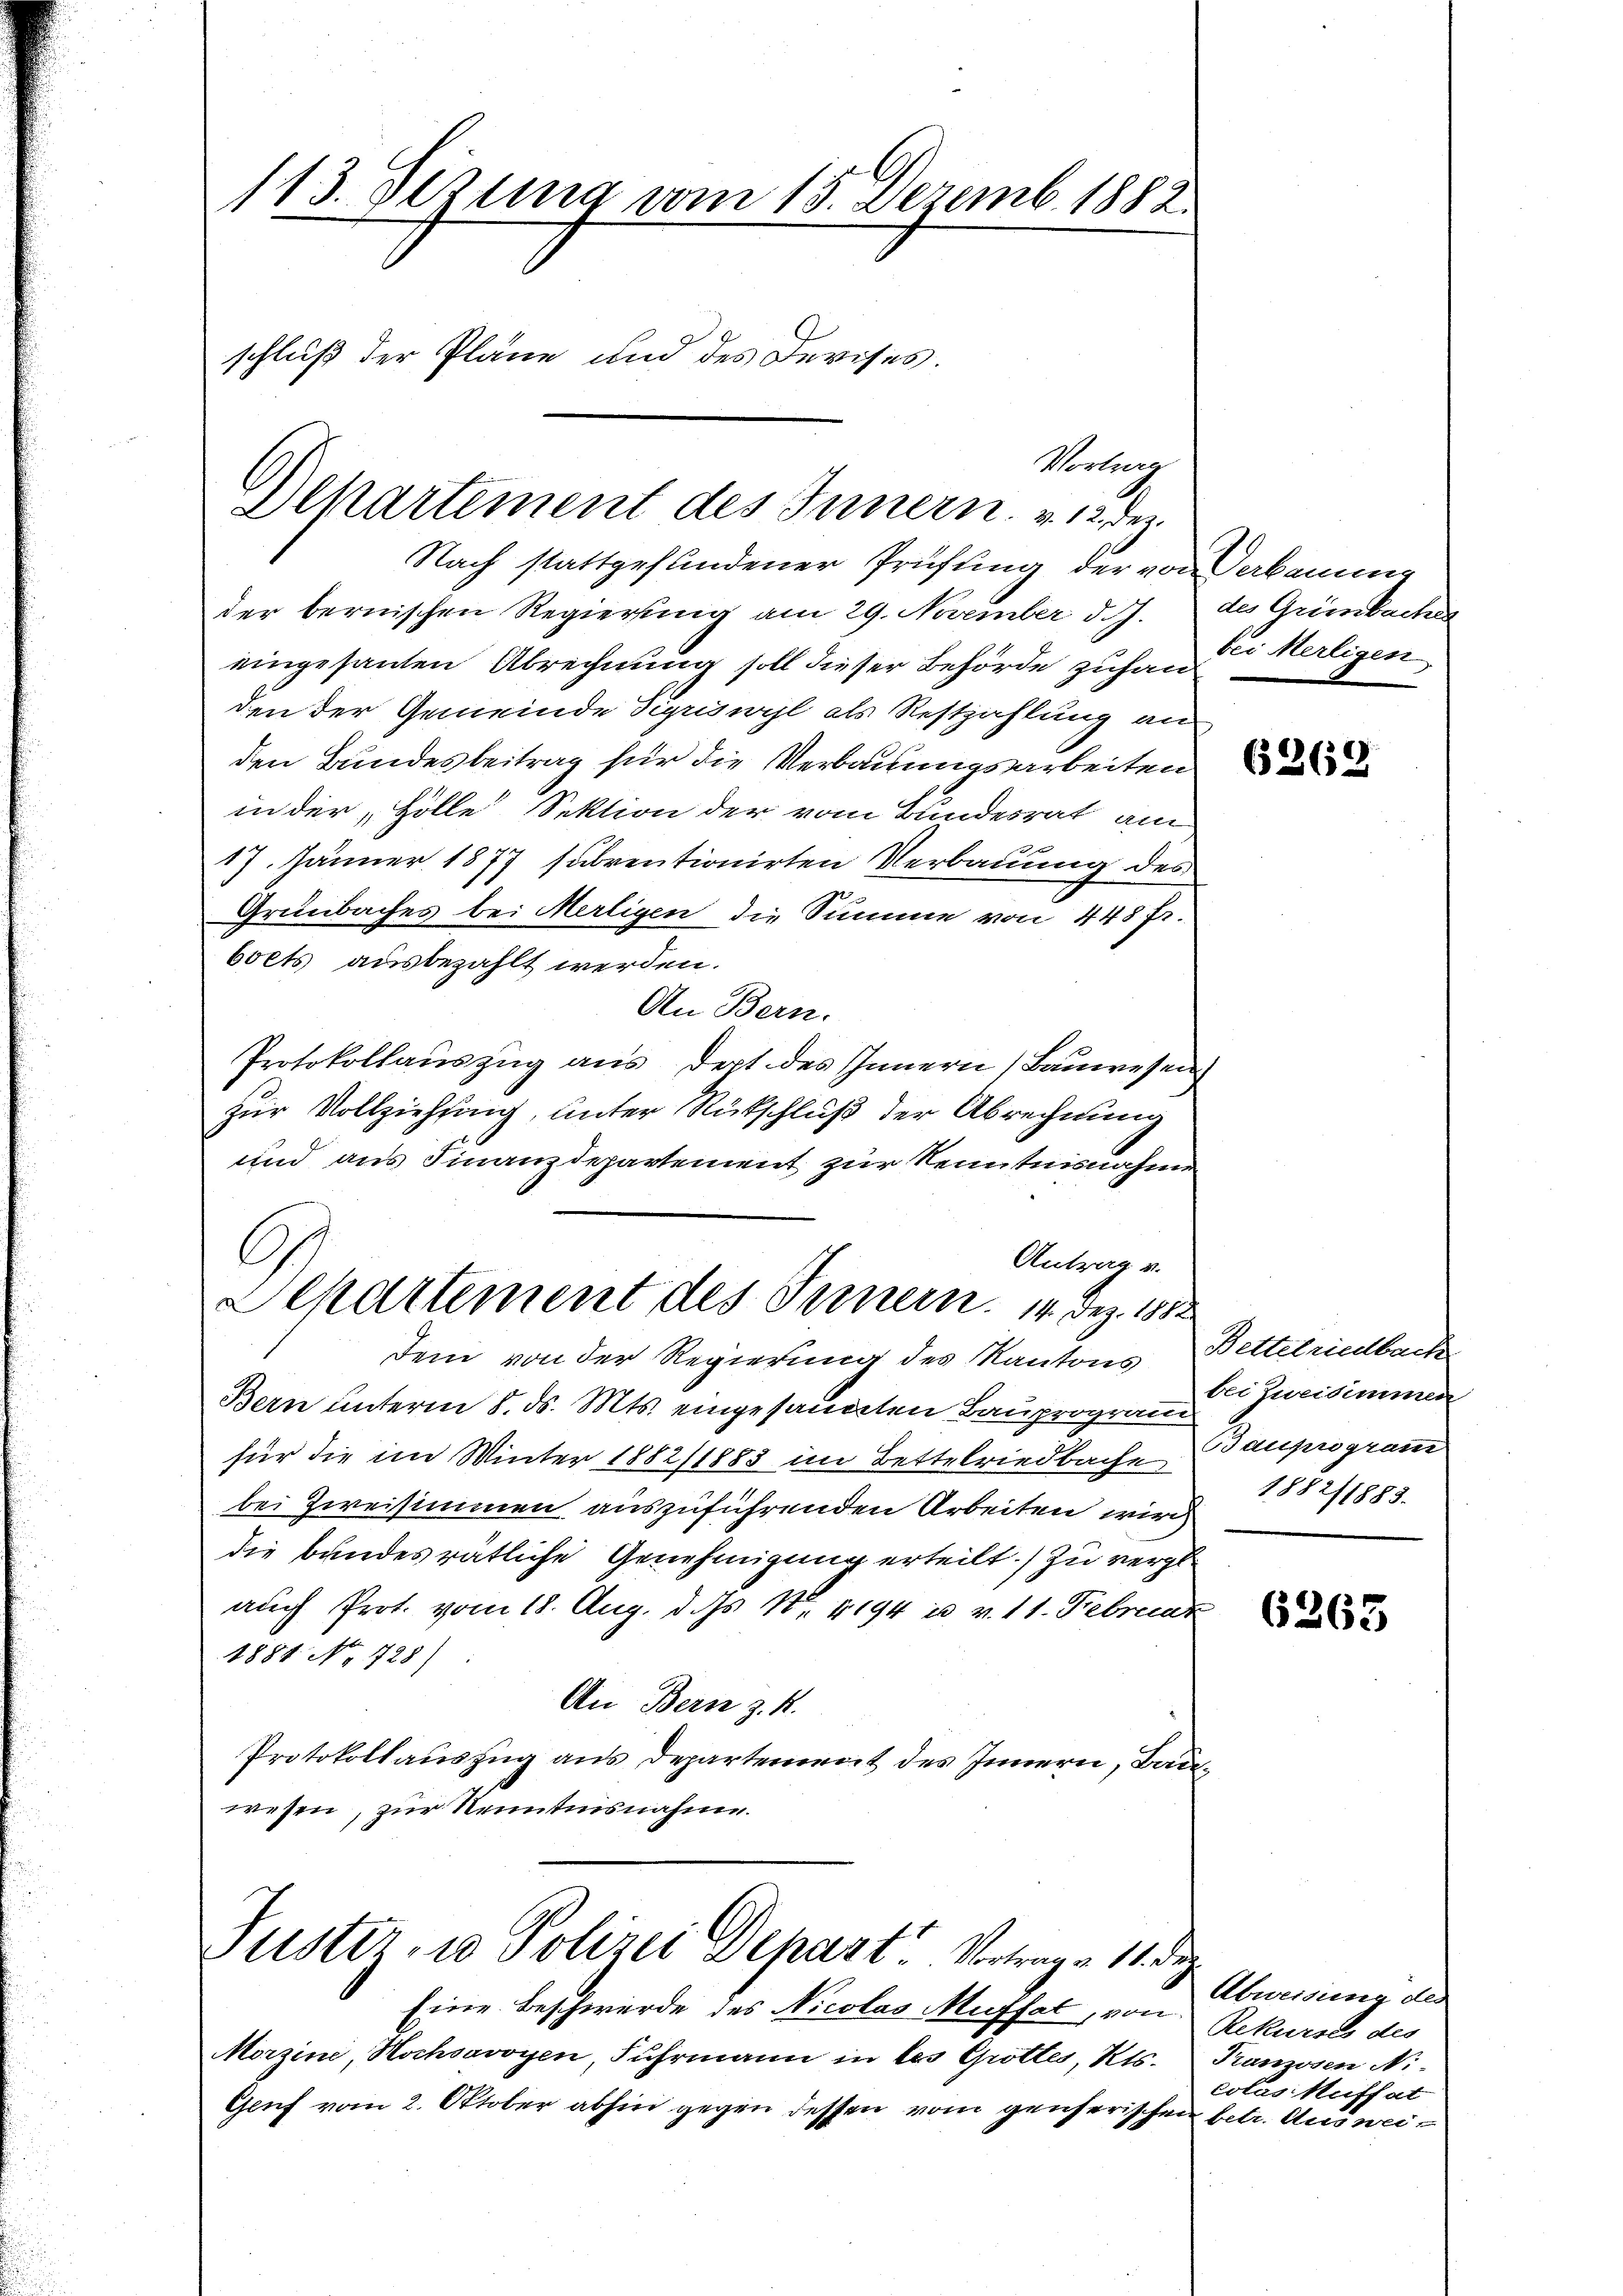
113. Dezung vom 15. Dezemb. 1882.
schluß der Pläne und des Devises.

Nach stattgefundener Prüfung der von Verbauung
der bernischen Regierung am 29. November d.J.
eingesanten Abrechnung soll dieser Behörde zuhan
den der Gemeinde Sigriswyl als Restzahlung an
den Bundesbeitrag für die Verbauungsarbeiten
in der „Hölle Sektion der vom Bundesrat am
17. Jänner 1877 sabrentionirten Verbauung des
Grünbaches bei Merligen die Summe von 448 Fr.
boets ausbezahlt werden.
An Bern.
Protokollauszug aus dept des Innern Bauwesen
zur Vollziehung, unter Rückschluß der Abrechnung
und aus Finanzdepartement zur Kenntnisnahme
G
Antrag v.
Lepartement des Innern. 14. Dez. 1812
dem von der Regierung des Kantons Bettelriedbach
Bern unterm 8. d. Mts. eingesandten Bauprogram
für die im Winter 1882/1883 im Bettelriedbache Bauprogram
bei Zweisimmen auszuführenden Arbeiten wird
die bundesrätliche Genehmigung erteilt.) zu vergl.
auch Prot. vom 18. Aug. d. Js. Nr. 4194 u. v. 11. Februar
1881 No 728)
An Bern z. K.
Protokollauszug aus Departement des Innern, Bauwesen, zur Kenntnisnahme.

Vortrag
Departement des Innern. v. 12. dez.

Puster, in Polizei Depart. Vortrage 11 de

Eine Beschwerde des Nicolas Muffal, von
Morzine, Hochsovoyen, Fuhrmann in les Gottes, Kts.
Geuf vom 2. Oktober abhin gegen dessen vom geicherischen

des Griesbachen
bei Merligen,

6269

bei Zweisimmen
1882/1883.

6263

Abweisung des
Rekurses des
Franzosen Ni
colas Aufsat
betr. Auswei